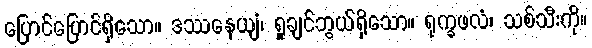
ပြောင်ပြောင်ရှိသော။ ဒဿနေယျံ၊ ရှုချင်ဘွယ်ရှိသော။ ရုက္ခဖလံ၊ သစ်သီးကို။